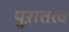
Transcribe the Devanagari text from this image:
पुऱातत्व